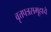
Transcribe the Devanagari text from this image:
वृत्तपत्रसमूहाचे